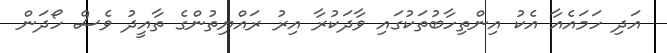
އަދި ހަމައެއާ އެކު އިންތިހާބުތަކުގައި ވާދަކުރާ އިރު ރައްޔިތުންގެ ތާއީދު ވެސް ހޯދަން